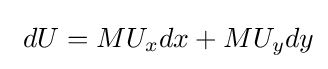
\ dU=MU_{x}dx+MU_{y}dy